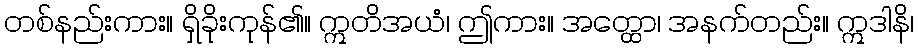
တစ်နည်းကား။ ရှိခိုးကုန်၏။ ဣတိအယံ၊ ဤကား။ အတ္ထော၊ အနက်တည်း။ ဣဒါနိ၊